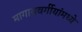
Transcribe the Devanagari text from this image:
मागासवर्गीयांमध्ये